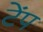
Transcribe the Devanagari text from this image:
टेंप